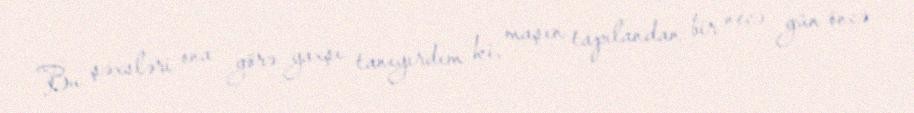
Bu şəxsləri ona görə yaxşı tanıyırdım ki, maşın tapılandan bir necə gün öncə